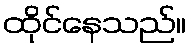
ထိုင်နေသည်။